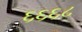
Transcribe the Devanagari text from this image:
६६६८